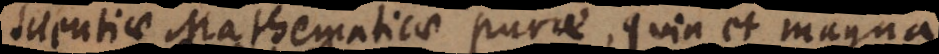
Scientiae Mathematicae purae, quin et magna